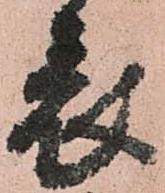
表